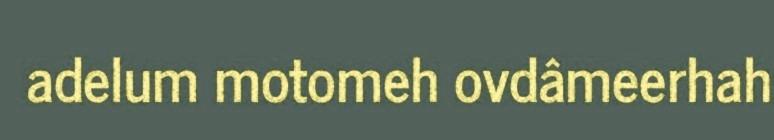
adelum motomeh ovdâmeerhah